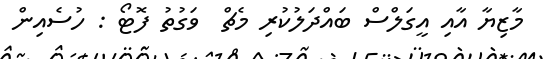
މާޒިޔާ އާއި އީގަލްސް ބައްދަލުކުރި މެޗް  ވަގުތު ފޮޓޯ : ހުސެއިން